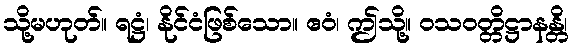
သို့မဟုတ်။ ရဋ္ဌံ၊ နိုင်ငံဖြစ်သော။ ဧဝံ၊ ဤသို့။ ဝသဝတ္တိဋ္ဌာနန္တိ၊